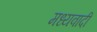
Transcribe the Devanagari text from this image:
मध्यवादी